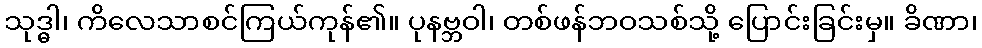
သုဒ္ဓါ၊ ကိလေသာစင်ကြယ်ကုန်၏။ ပုနဗ္ဘဝါ၊ တစ်ဖန်ဘဝသစ်သို့ ပြောင်းခြင်းမှ။ ခိဏာ၊